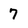
Character: 7